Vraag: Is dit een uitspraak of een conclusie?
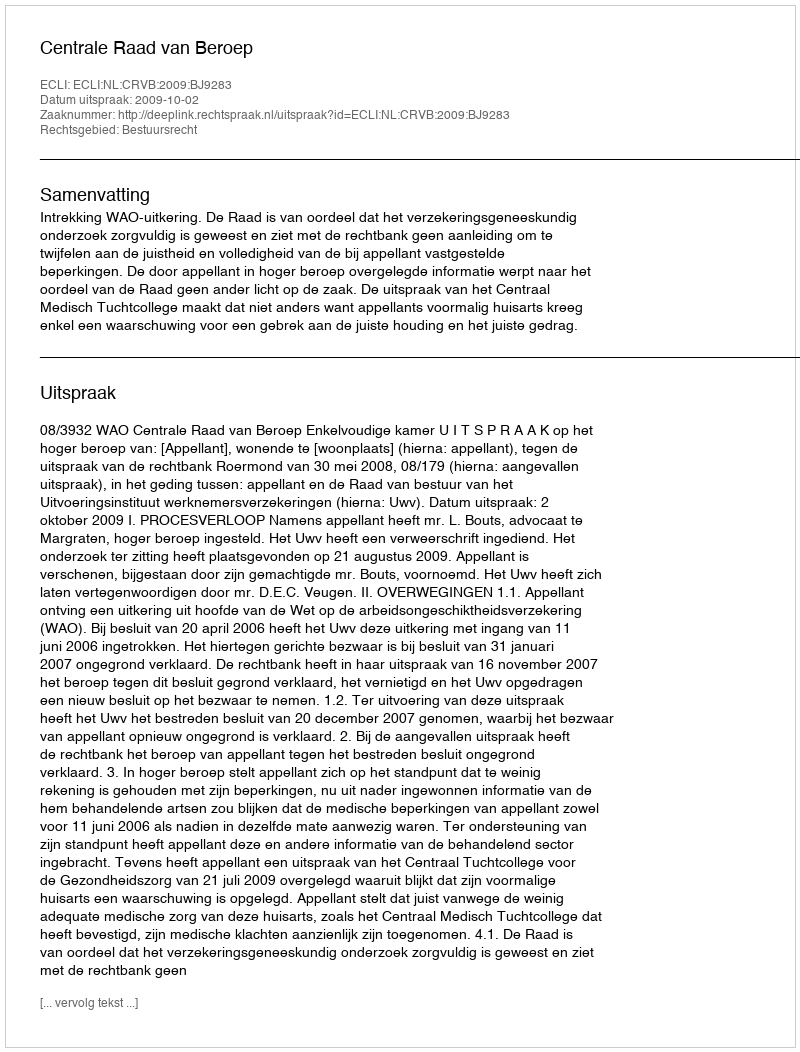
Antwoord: Uitspraak